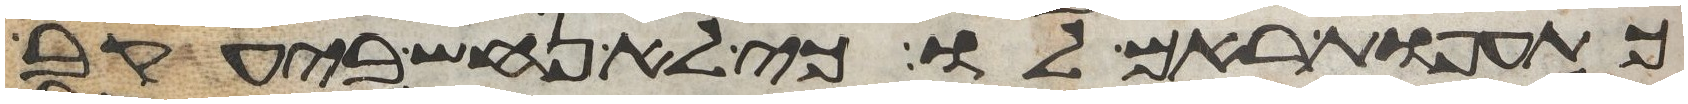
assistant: כתועפת ראם לו כי לא נחש ביעקב